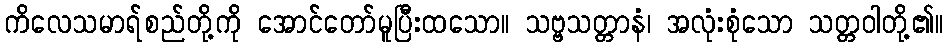
ကိလေသမာရ်စည်တို့ကို အောင်တော်မူပြီးထသော။ သဗ္ဗသတ္တာနံ၊ အလုံးစုံသော သတ္တဝါတို့၏။